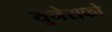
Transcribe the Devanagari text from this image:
युनेसको